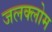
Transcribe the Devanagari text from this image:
जलक्लोम